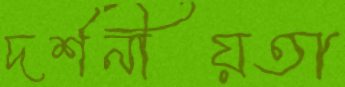
দর্শনীয়তা